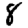
Digit: 8